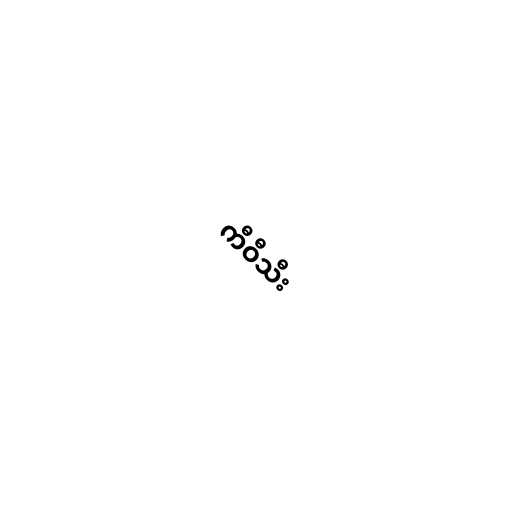
ကီဝီသီး